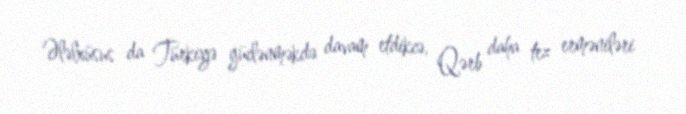
Ələlxüsus da Türkiyə güclənməkdə davam etdikcə, Qərb daha tez erməniləri